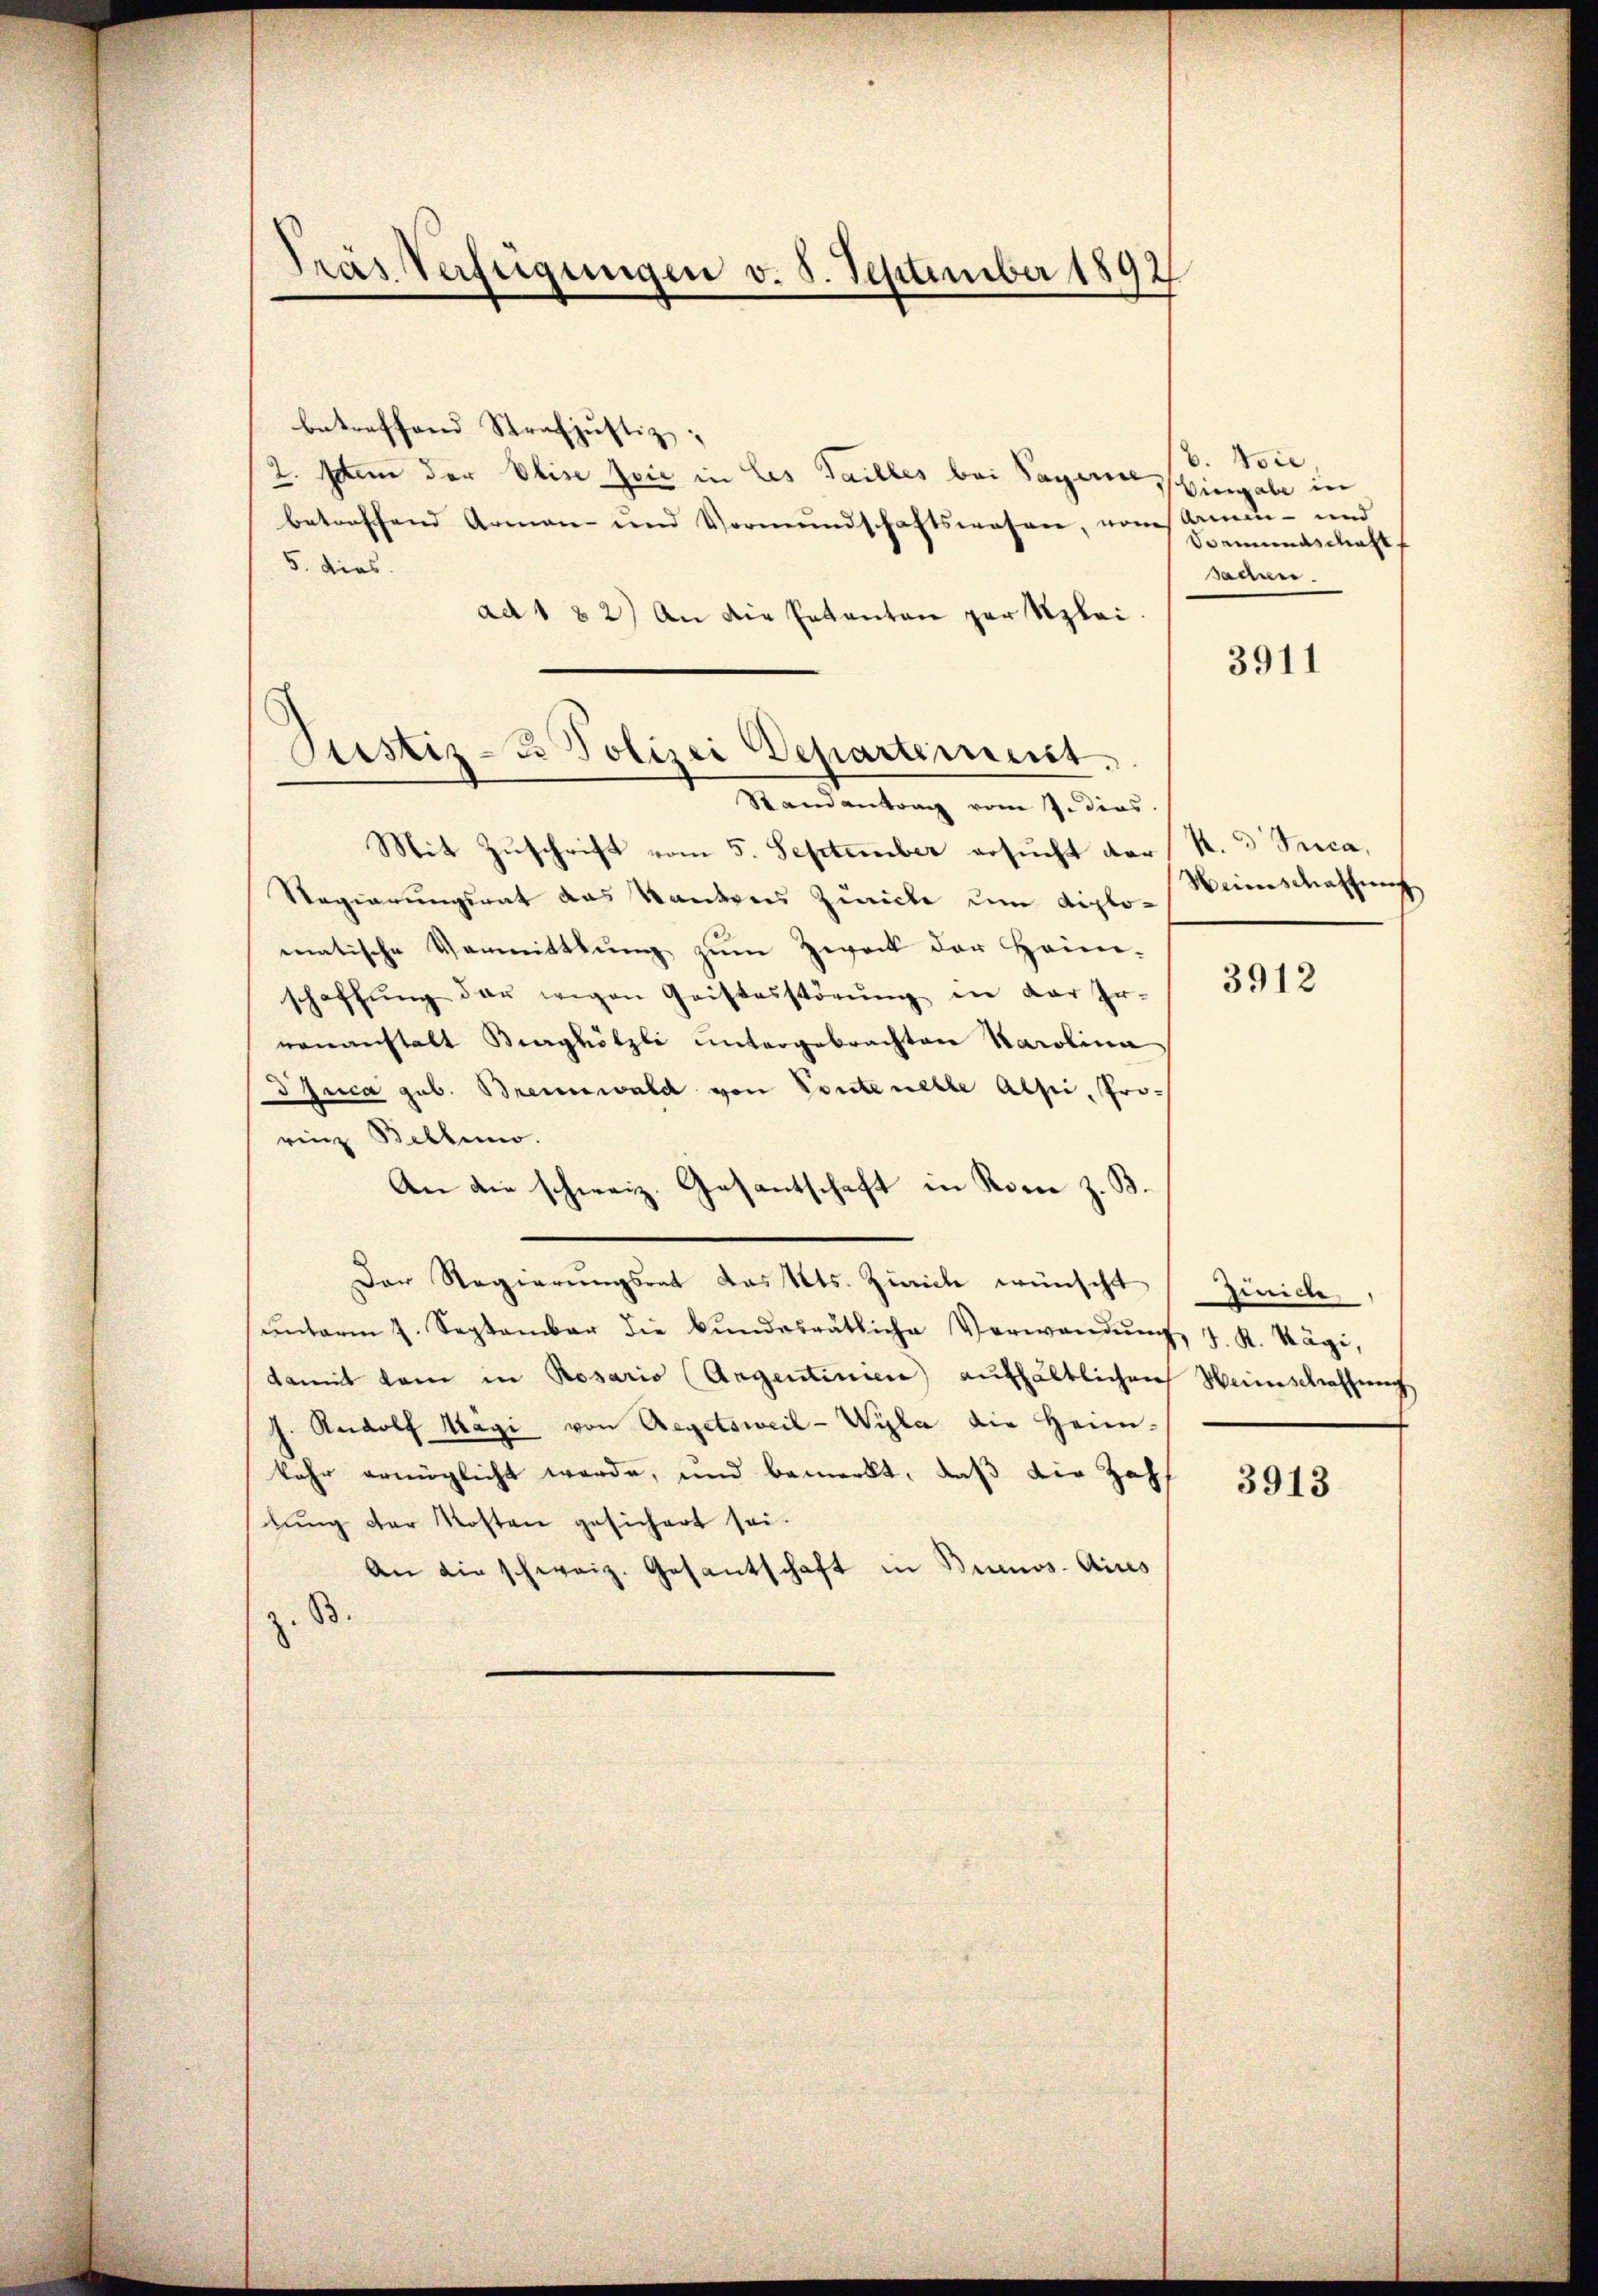
Tras Verfügungen v. 5. September 1892

Justiz- & Polizei Departement.
Randantrag vom 7. dies

betreffend Strafjustiz;
2. Man der Elise foić in Les Talles bei Sagen Hingabe in
betreffend Armen- und Vormundschaftswesen, vonskamin- und
5. dies
ad 1 82) An die Patanton zur Klei
Mit Zuschrift vom 5. September ersucht der R. d. Trica,
Regierungsrat das Kantons Zurücke um diplomatische Vermittlung zŭm Zweck der Heim-
schaffŭng der wegen Geistesstörŭng in der Er-
venanstalt Burghölzli untergebrachten Karolina
dJuca geb. Brennwald von Soute nelle Absii, Prorinz Bellino.
An die schweiz. Gesantschaft in Rom z. B.
Der Regierungsrat das Kts. Zürich wünscht
ŭnterm 4. September die Bŭndesrätliche Verwandŭng J. K. Kägi,
damit kam in Rosario (Argentinien aufhältlichen Weinschaffung
J. Rudolf Magi von Aegetsweil-Wyla die Heim-
kehr ermöglicht werde, und bemerkt, daß die Zahl 3913
lung der Kosten gesichert sei.
An die schweiz. Gesantschaft in Bunos Aires
B.

b. Vore.
Boemundschaft
saden.

3911

Weinschaftung
ß

3912

Zinicle,